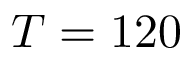
T = 1 2 0